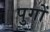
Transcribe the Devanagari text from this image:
पुगों